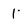
Character: 1